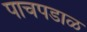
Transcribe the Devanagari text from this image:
पाचपडाळ